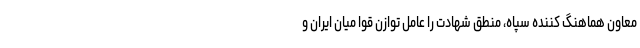
معاون هماهنگ کننده سپاه، منطق شهادت را عامل توازن قوا میان ایران و